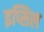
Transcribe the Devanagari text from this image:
इप्सिल